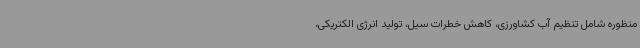
منظوره شامل تنظیم آب کشاورزی، کاهش خطرات سیل، تولید انرژی الکتریکی،